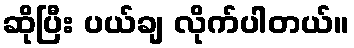
ဆိုပြီး ပယ်ချ လိုက်ပါတယ်။